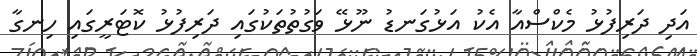
އަދި ދަރިފުޅު މެކްސްއާ އެކު އަޅުގަނޑު ނޫޅޭ ވަގުތުތަކުގައި ދަރިފުޅު ކޮޓަރީގައި ހިނގާ